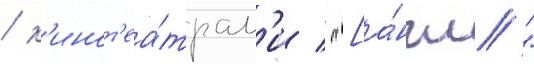
/ к'инот'еа́трам'и / "[а́нгл."